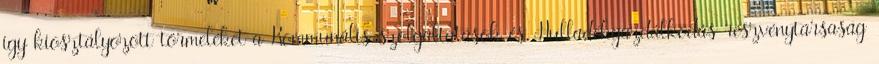
így kiosztályozott törmeléket a Kommunális szolgáltatások és Hulladékgazdálkodás részvénytársaság